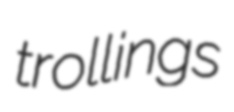
trollings